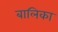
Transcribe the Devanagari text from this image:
बालिका